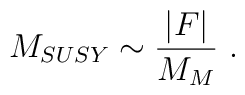
M_{SUSY}\sim {\vert F \vert \over {M_M}}~.